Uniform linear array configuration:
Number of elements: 4
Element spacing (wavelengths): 0.75
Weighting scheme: hamming
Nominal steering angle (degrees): -30
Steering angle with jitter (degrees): -31.187
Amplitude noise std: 0.05
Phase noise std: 0.05

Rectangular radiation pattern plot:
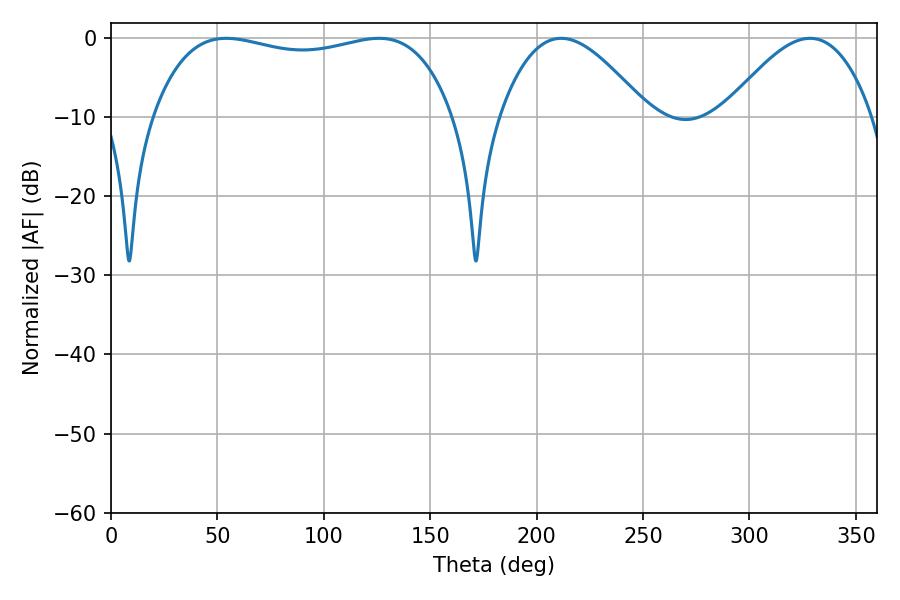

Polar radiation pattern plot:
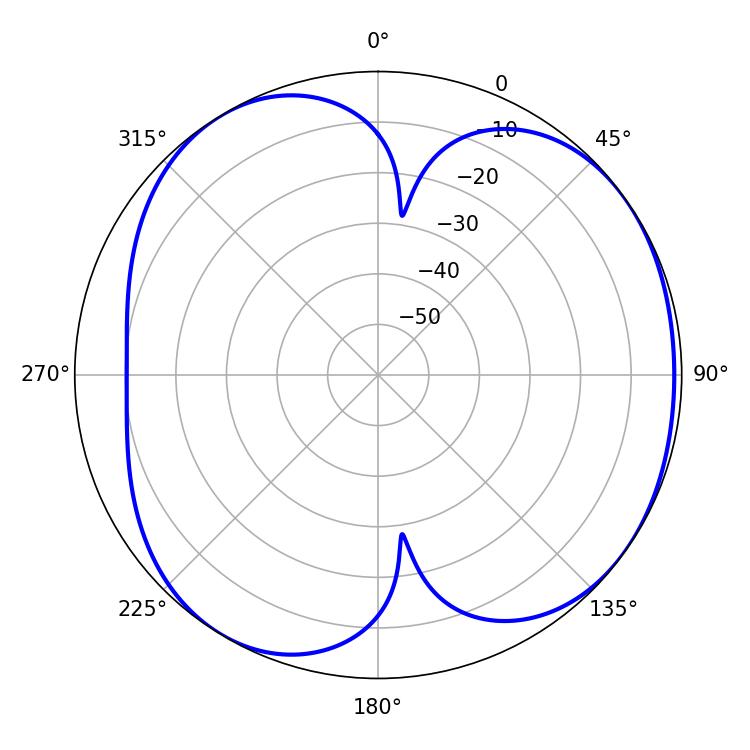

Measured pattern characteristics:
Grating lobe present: TRUE
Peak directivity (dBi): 4.977
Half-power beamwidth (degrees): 37.44
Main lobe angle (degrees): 211.5